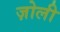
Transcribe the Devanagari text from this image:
ज़ोली